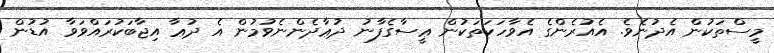
މީސްތަކުން އެދުނެވެ. އެއުރެންގެ އެވާހަކަތަކުން ޢީސާގެފާނު ދުޢާދެންނެވުމުން އެ ދުޢާ އިޖާބަކުރައްވަވާ އުޑުން